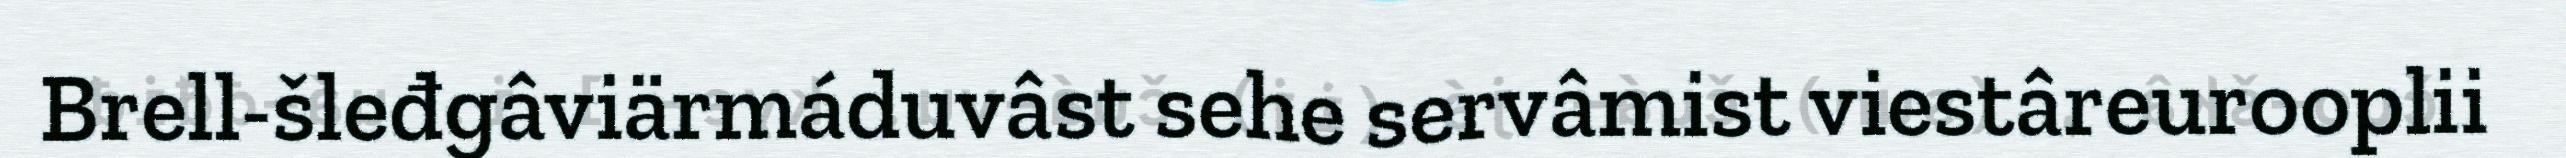
Brell-šleđgâviärmáduvâst sehe servâmist viestâreurooplii